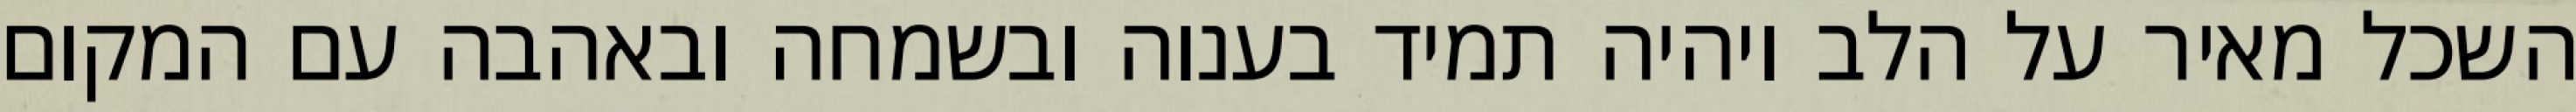
השכל מאיר על הלב ויהיה תמיד בענוה ובשמחה ובאהבה עם המקום